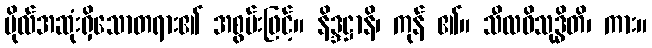
ဗိုလ်အဆုံးရှိသောတရား၏ အစွမ်းဖြင့်။ နိဒ္ဒဋ္ဌာနိ၊ ကုန် ၏။ သီလဝိသုဒ္ဓိတိ၊ ကား။